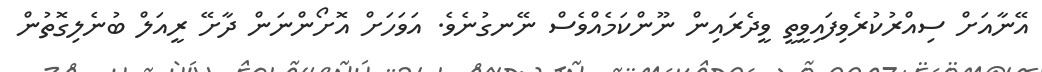
އޭނާއަށް ސިއްރުކުރެވިފައިވީތީ ވީދެރައިން ނޫންކަމެއްވެސް ނޭނގުނެވެ. އަވަހަށް އޮށޯންނަން ދާށޭ ރީއަލް ބުނެލިގޮތުން